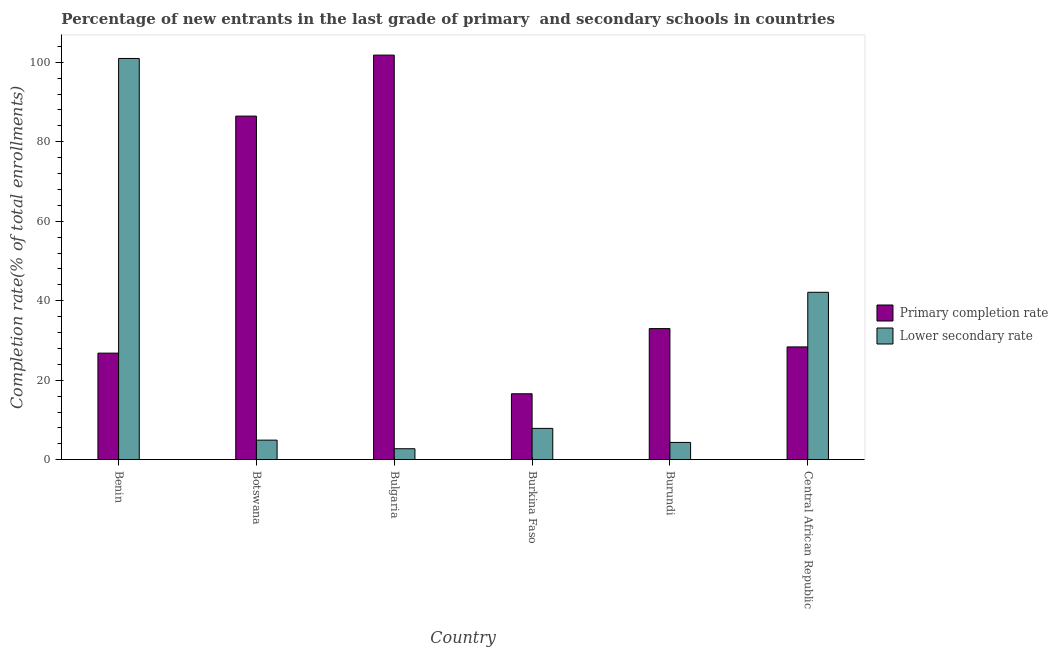
| Country | Primary completion rate | Lower secondary rate |
 | --- | --- | --- |
 | Benin | 26.8 | 101 |
 | Botswana | 86.4 | 4.92 |
 | Bulgaria | 102 | 2.76 |
 | Burkina Faso | 16.6 | 7.88 |
 | Burundi | 33 | 4.35 |
 | Central African Republic | 28.4 | 42.1 |